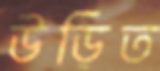
উড়িত